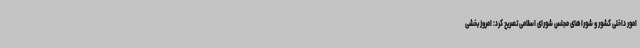
امور داخلی کشور و شوراهای مجلس شورای اسلامی تصریح کرد: امروز بخشی